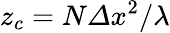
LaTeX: z_{c}=N\mathit{\Delta}x^{\mathrm{{2}}}/\lambda